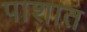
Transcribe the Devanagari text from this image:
पाशात